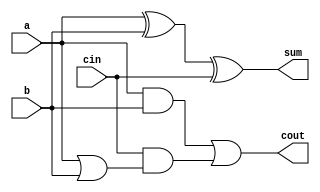
`timescale 1ns / 1ps
//////////////////////////////////////////////////////////////////////////////////
// Company: 	San Jose State University - CMPE240
// 
// Design Name: 	 Full Adder
// Module Name:    FullAdder 
// Project Name: 
// Target Devices: 
// Tool versions: 
// Description: 	 A 1-bit Full adder
//
// Dependencies: 	 None
//
// Revision: 
// Revision 0.01 - File Created
// Additional Comments: 
//
//////////////////////////////////////////////////////////////////////////////////
module FullAdder
#(parameter PATH_DELAY=3)		// By default use datapath delay of 3 units
(
    output sum,
    output cout,
    input a,
    input b,
    input cin
);
	 
	 xor(node1,a,b);
	 xor #PATH_DELAY (sum,node1,cin);	// Delay only output
	 and(node2,a,b);
	 or(node3,a,b);
	 and(node4,cin,node3);
	 or #PATH_DELAY (cout,node2,node4);	// Delay only output


endmodule